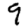
Digit: 9